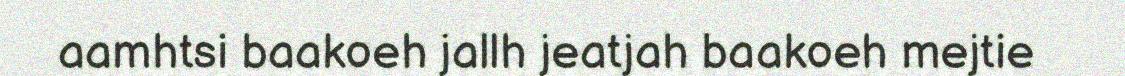
aamhtsi baakoeh jallh jeatjah baakoeh mejtie